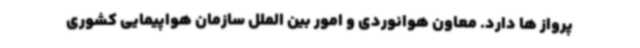
پرواز ها دارد. معاون هوانوردی و امور بین الملل سازمان هواپیمایی کشوری